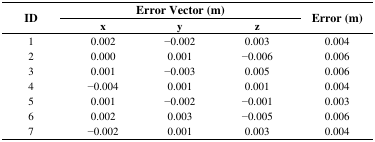
<table><thead><tr><td rowspan="3"><b>ID</b></td><td colspan="3"><b>Error Vector (m)</b></td><td rowspan="3"><b>Error (m)</b></td></tr><tr><td><b>x</b></td><td><b>y</b></td><td><b>z</b></td></tr></thead><tbody><tr><td>1</td><td>0.002</td><td>−0.002</td><td>0.003</td><td>0.004</td></tr><tr><td>2</td><td>0.000</td><td>0.001</td><td>−0.006</td><td>0.006</td></tr><tr><td>3</td><td>0.001</td><td>−0.003</td><td>0.005</td><td>0.006</td></tr><tr><td>4</td><td>−0.004</td><td>0.001</td><td>0.001</td><td>0.004</td></tr><tr><td>5</td><td>0.001</td><td>−0.002</td><td>−0.001</td><td>0.003</td></tr><tr><td>6</td><td>0.002</td><td>0.003</td><td>−0.005</td><td>0.006</td></tr><tr><td>7</td><td>−0.002</td><td>0.001</td><td>0.003</td><td>0.004</td></tr></tbody></table>